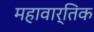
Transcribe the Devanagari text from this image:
महावार्तिक